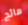
هائج